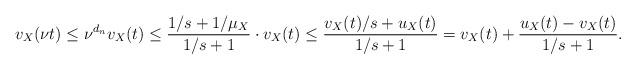
LaTeX: \begin{align*} v_X(\nu t) \le \nu^{d_n} v_X(t) \le \frac{1/s+1/\mu_X}{1/s+1} \cdot v_X(t) \le \frac{v_X(t)/s+u_X(t)}{1/s+1} = v_X(t) + \frac{u_X(t)-v_X(t)}{1/s+1}. \end{align*}